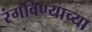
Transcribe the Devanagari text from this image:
रंगविण्याच्या